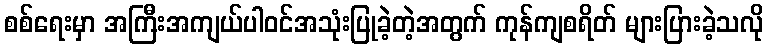
စစ်ရေးမှာ အကြီးအကျယ်ပါဝင်အသုံးပြုခဲ့တဲ့အတွက် ကုန်ကျစရိတ် များပြားခဲ့သလို